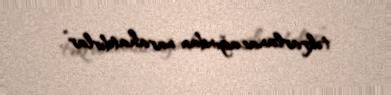
təkrarlanacağından narahatdırlar”.